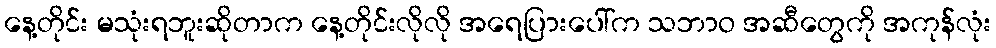
နေ့တိုင်း မသုံးရဘူးဆိုတာက နေ့တိုင်းလိုလို အရေပြားပေါ်က သဘာဝ အဆီတွေကို အကုန်လုံး